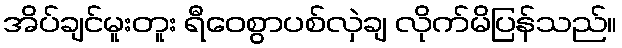
အိပ်ချင်မူးတူး ရီဝေစွာပစ်လှဲချ လိုက်မိပြန်သည်။